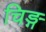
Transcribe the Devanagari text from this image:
चिङ्ग